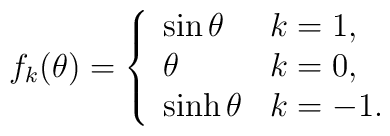
f_k(\theta)=\left\{      \begin{array}{ll}\sin \theta  & k=1 , \\ \theta     & k=0 , \\\sinh \theta &  k=-1 .      \end{array}\right.